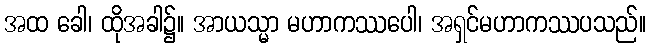
အထ ခေါ၊ ထိုအခါ၌။ အာယသ္မာ မဟာကဿပေါ၊ အရှင်မဟာကဿပသည်။